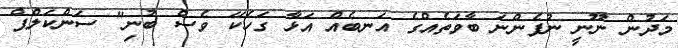
މަދުން ނޫނީ ނުފެންނަ ބާވަތެއްގެ އަނބެއް އަޅާ ގަހެކޭ ވެސް ބުނި" ސަންކަލްޕް